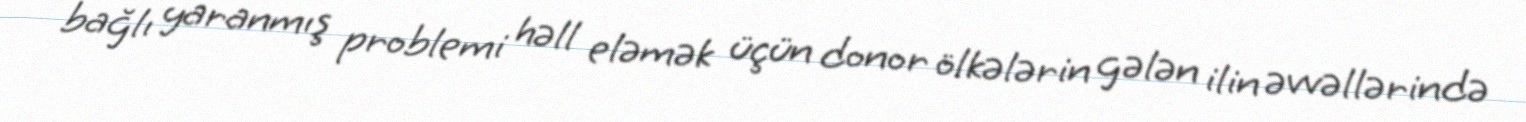
bağlı yaranmış problemi həll eləmək üçün donor ölkələrin gələn ilin əvvəllərində